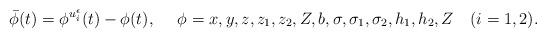
LaTeX: \begin{align*}\bar{\phi}(t)=\phi^{u_i^{\epsilon}}(t)-\phi(t),\ \ \ \ \phi=x,y,z,z_1,z_2,Z,b,\sigma,\sigma_1,\sigma_2,h_1,h_2,Z\quad(i=1,2).\end{align*}